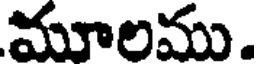
మూలము.